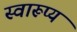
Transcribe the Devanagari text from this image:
स्वारूप्य